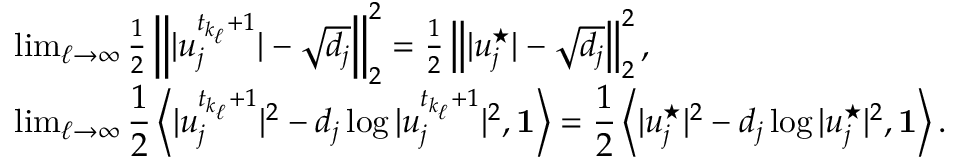
\begin{array} { r l } & { \operatorname* { l i m } _ { \ell \rightarrow \infty } \frac { 1 } { 2 } \left\| | u _ { j } ^ { t _ { k _ { \ell } } + 1 } | - \sqrt { d _ { j } } \right\| _ { 2 } ^ { 2 } = \frac { 1 } { 2 } \left\| | u _ { j } ^ { \star } | - \sqrt { d _ { j } } \right\| _ { 2 } ^ { 2 } , } \\ & { \operatorname* { l i m } _ { \ell \rightarrow \infty } \displaystyle \frac { 1 } { 2 } \left\langle | u _ { j } ^ { t _ { k _ { \ell } } + 1 } | ^ { 2 } - d _ { j } \log | u _ { j } ^ { t _ { k _ { \ell } } + 1 } | ^ { 2 } , \mathbf { 1 } \right\rangle = \displaystyle \frac { 1 } { 2 } \left\langle | u _ { j } ^ { \star } | ^ { 2 } - d _ { j } \log | u _ { j } ^ { \star } | ^ { 2 } , \mathbf { 1 } \right\rangle . } \end{array}